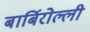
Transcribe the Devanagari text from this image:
बार्बिरोल्ली